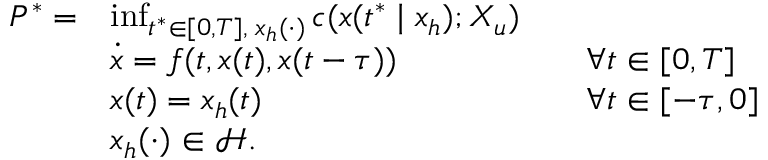
\begin{array} { r l r l } { P ^ { * } = } & { \operatorname* { i n f } _ { t ^ { * } \in [ 0 , T ] , \; x _ { h } ( \cdot ) } c ( x ( t ^ { * } \mid x _ { h } ) ; X _ { u } ) } & \\ & { \dot { x } = f ( t , x ( t ) , x ( t - \tau ) ) } & & { \forall t \in [ 0 , T ] } \\ & { x ( t ) = x _ { h } ( t ) } & & { \forall t \in [ - \tau , 0 ] } \\ & { x _ { h } ( \cdot ) \in \mathcal { H } . } \end{array}